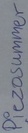
Text: Piezosummer